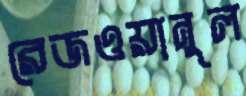
রেজওয়ানুল